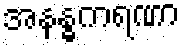
အနန္ဓကရဏာ